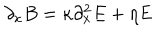
\partial _ { x } B = \kappa \partial _ { x } ^ { 2 } E + \eta E